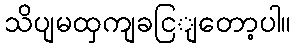
သိပျမထှကျခငြျတော့ပါ။